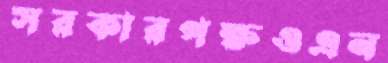
সরকারপক্ষওএন